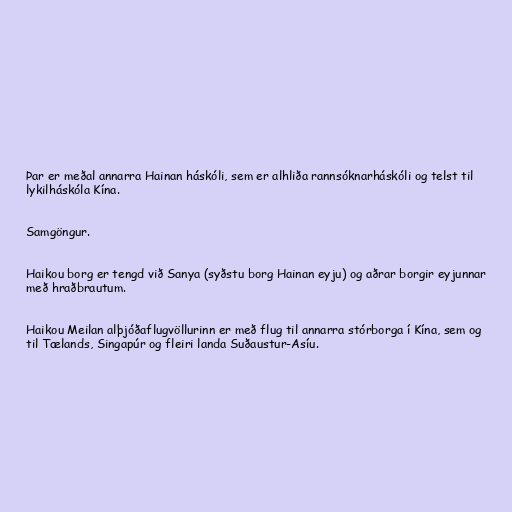
Þar er meðal annarra Hainan háskóli, sem er alhliða rannsóknarháskóli og telst til
lykilháskóla Kína.

Samgöngur.

Haikou borg er tengd við Sanya (syðstu borg Hainan eyju) og aðrar borgir eyjunnar
með hraðbrautum.

Haikou Meilan alþjóðaflugvöllurinn er með flug til annarra stórborga í Kína, sem og
til Tælands, Singapúr og fleiri landa Suðaustur-Asíu.